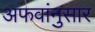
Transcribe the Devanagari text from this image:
अफवांनुसार